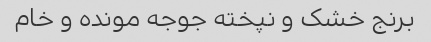
برنج خشک و نپخته جوجه مونده و خام